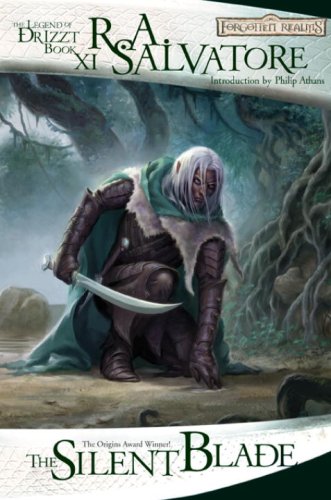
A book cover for The Silent Blade: The Legend of Drizzt, Book XI; R.A. Salvatore; Science Fiction & Fantasy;